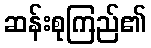
ဆန်းစုကြည်၏